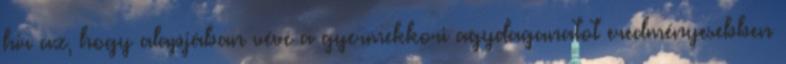
hír az, hogy alapjában véve a gyermekkori agydaganatot eredményesebben